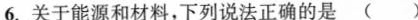
6.关于能源和材料，下列说法正确的是 ( )